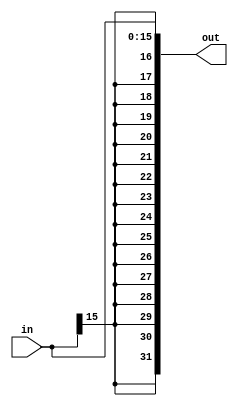
`timescale 1ns / 1ps

module sign_extender(
  input signed [15:0] in,
  output signed [31:0] out
);

  assign out = { {16{in[15]}}, in };

endmodule